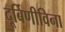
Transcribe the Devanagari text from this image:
दूर्बिणीविना